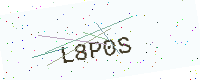
Text: L8P0S